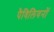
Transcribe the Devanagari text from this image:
पैविलियनों